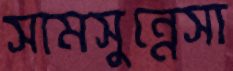
সামসুন্নেসা